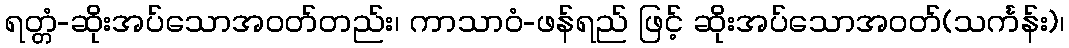
ရတ္တံ-ဆိုးအပ်သောအဝတ်တည်း၊ ကာသာဝံ-ဖန်ရည် ဖြင့် ဆိုးအပ်သောအဝတ်(သင်္ကန်း)၊